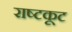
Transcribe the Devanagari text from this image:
राष्टकूट